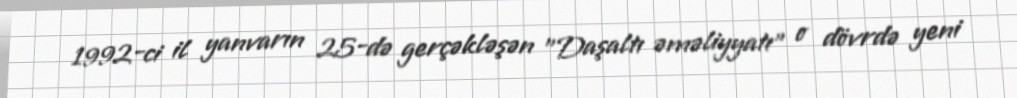
1992-ci il yanvarın 25-də gerçəkləşən "Daşaltı əməliyyatı" o dövrdə yeni